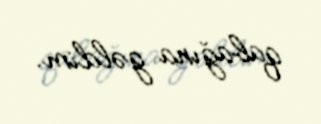
qabağına gəldim.